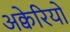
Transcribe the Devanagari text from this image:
अक्वेरियो